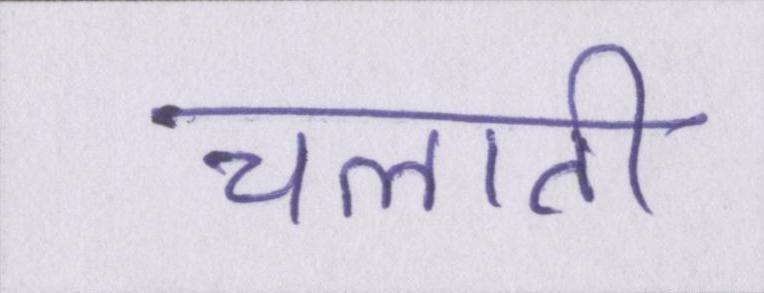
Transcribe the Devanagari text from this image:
चलाती